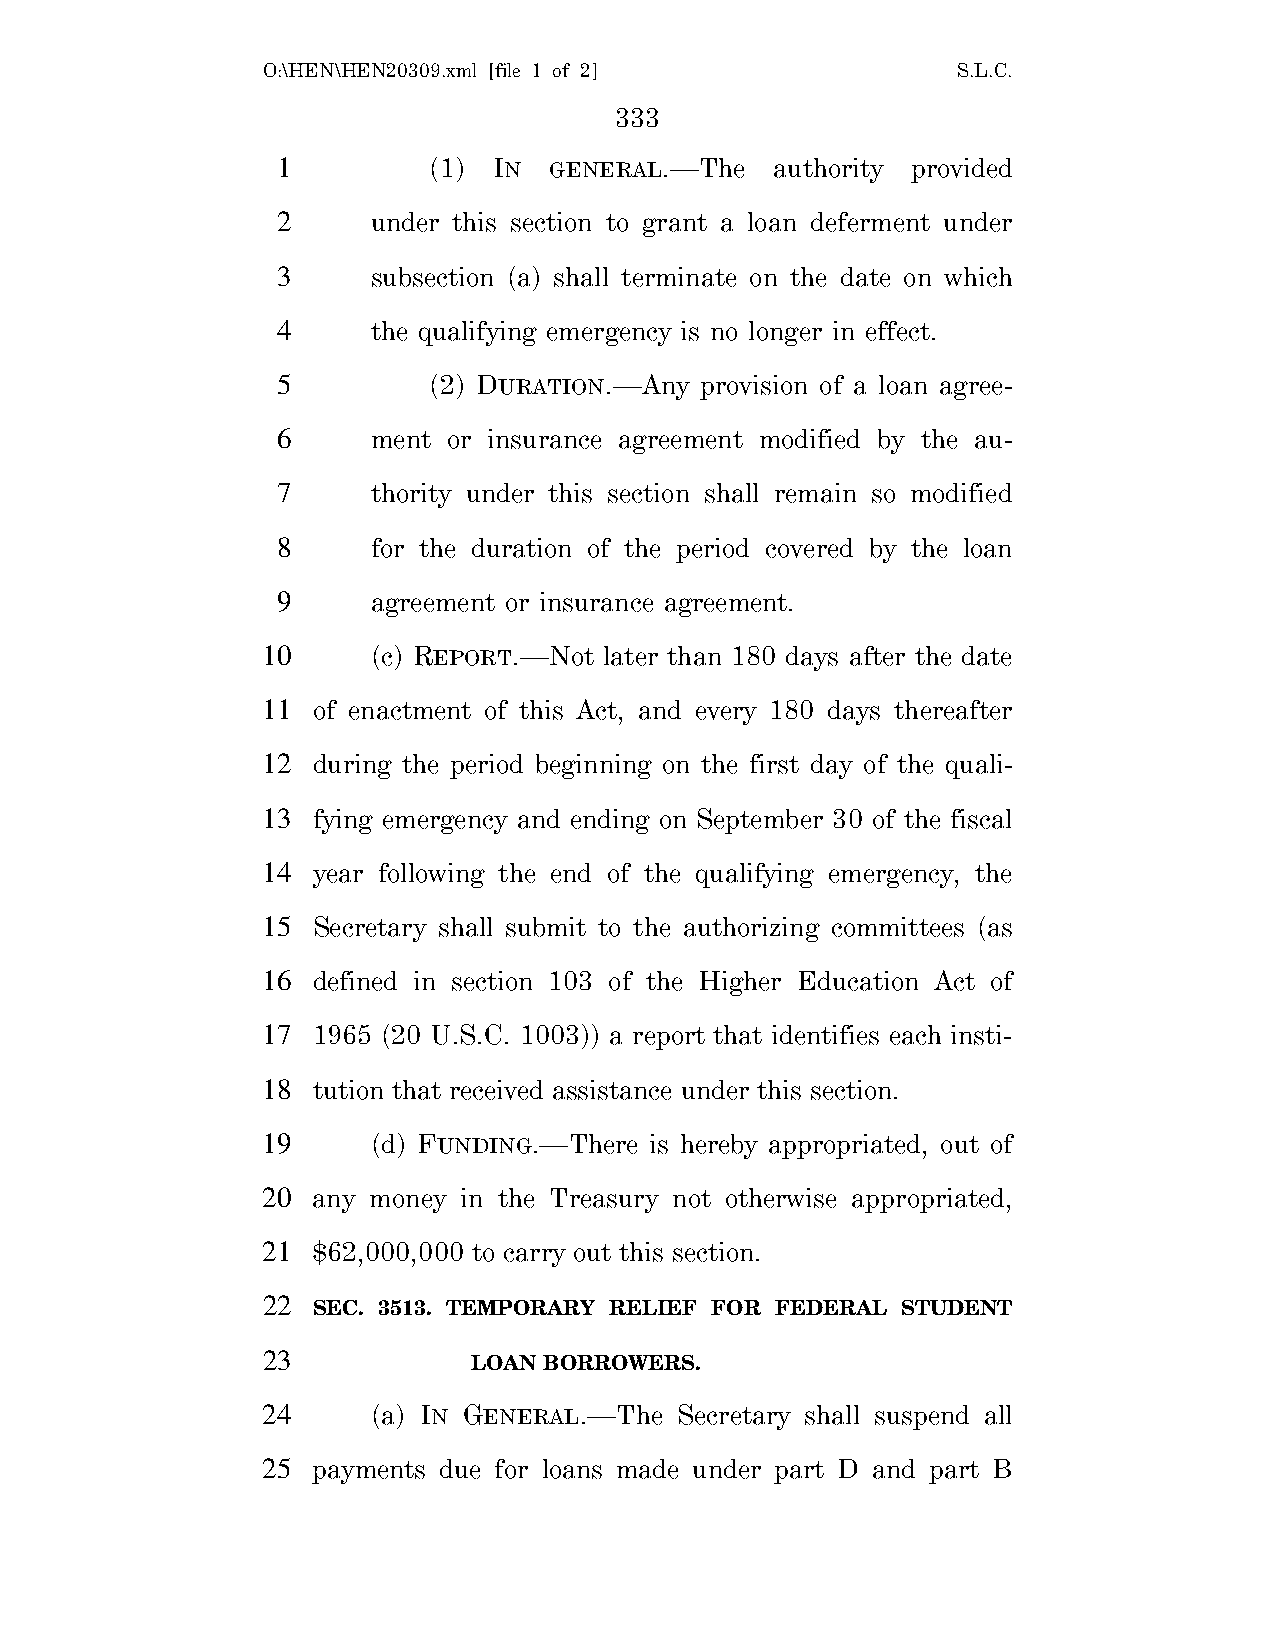
O:\HEN\HEN20309.xml [file 1 of 2]             S.L.C.
 333
 1         (1)  IN GENERAL.—The   authority provided
 2      under this section to grant a loan deferment under
 3      subsection (a) shall terminate on the date on which
 4      the qualifying emergency is no longer in effect.
 5         (2) DURATION.—Any provision of a loan agree-
 6      ment or insurance agreement modified by the au-
 7      thority under this section shall remain so modified
 8      for the duration of the period covered by the loan
 9      agreement or insurance agreement.
 10      (c) REPORT.—Not later than 180 days after the date
 11  of enactment of this Act, and every 180 days thereafter
 12  during the period beginning on the first day of the quali-
 13  fying emergency and ending on September 30 of the fiscal
 14  year following the end of the qualifying emergency, the
 15  Secretary shall submit to the authorizing committees (as
 16  defined in section 103 of the Higher Education Act of
 17  1965 (20 U.S.C. 1003)) a report that identifies each insti-
 18  tution that received assistance under this section.
 19      (d) FUNDING.—There is hereby appropriated, out of
 20  any money in the Treasury not otherwise appropriated,
 21  $62,000,000 to carry out this section.
 22
 SEC. 3513. TEMPORARY RELIEF FOR FEDERAL STUDENT
 23
 LOAN BORROWERS.
 24      (a) IN GENERAL.—The Secretary shall suspend all
 25  payments due for loans made under part D and part B